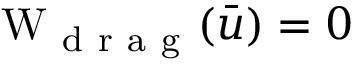
\mathrm W _ { \mathrm { ~ d ~ r ~ a ~ g ~ } } ( \bar { u } ) = 0